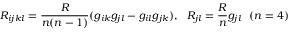
R _ { i j k l } = \frac { R } { n ( n - 1 ) } ( g _ { i k } g _ { j l } - g _ { i l } g _ { j k } ) , ~ ~ R _ { j l } = \frac { R } { n } g _ { j l } ~ ~ ( n = 4 )